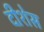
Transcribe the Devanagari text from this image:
दीशेस